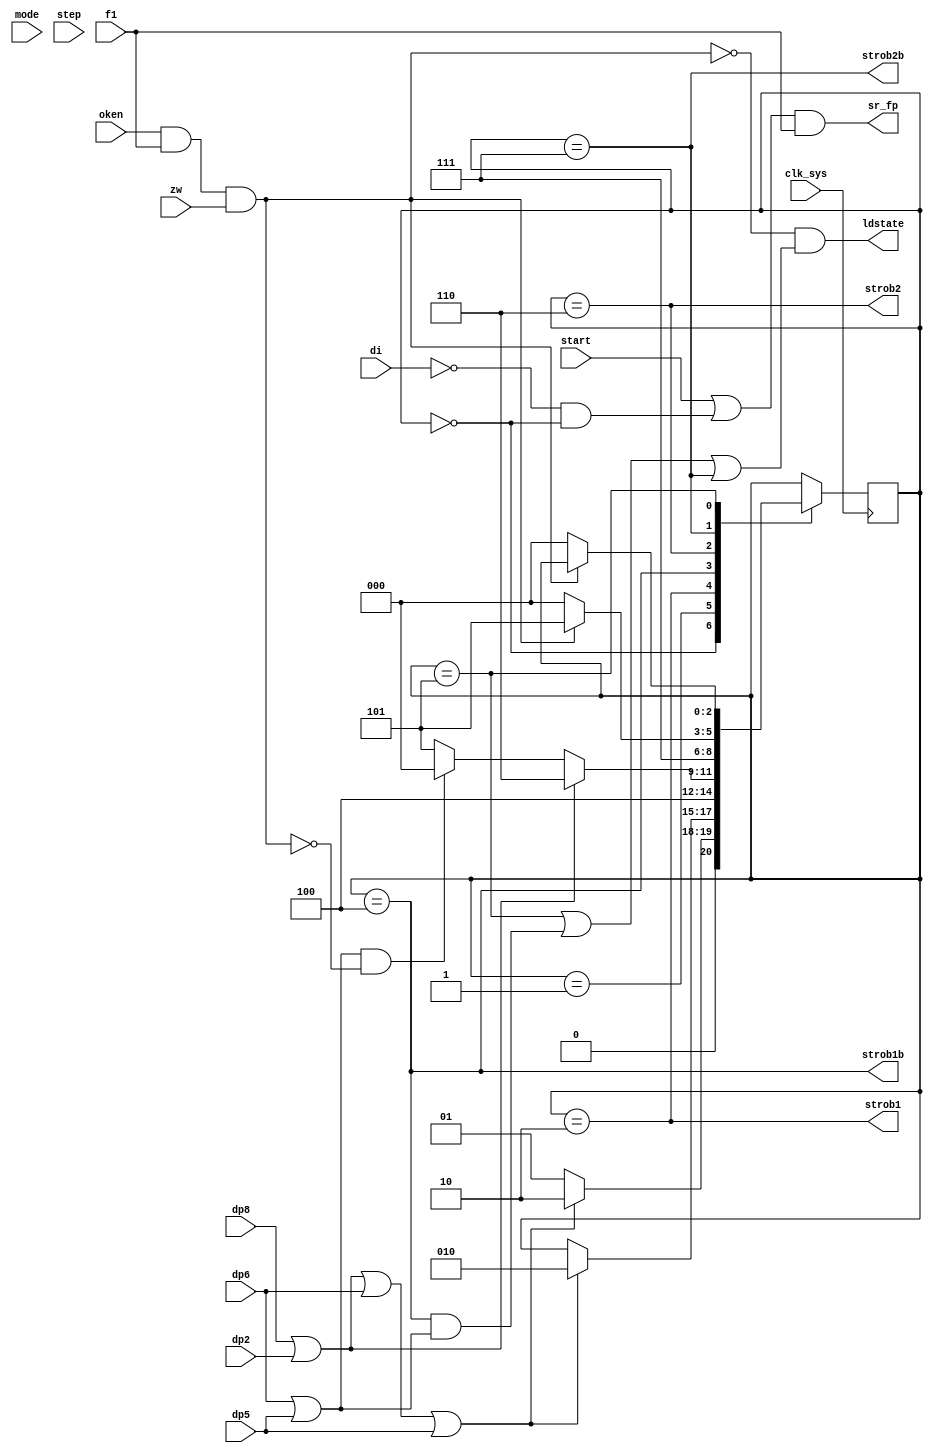
module fp_strobgen(
	input clk_sys,
	input start,
	input di,
	input dp8, dp2, dp6, dp5,
	input mode,
	input step,
	input oken,
	input f1,
	input zw,
	output ldstate,
	output strob1,
	output strob1b,
	output strob2,
	output strob2b,
	output sr_fp
);
	localparam S_GOT	= 3'd0;
	localparam S_GOTW	= 3'd1;
	localparam S_ST1	= 3'd2;
	localparam S_ST1W = 3'd3;
	localparam S_ST1B	= 3'd4;
	localparam S_PGOT = 3'd5;
	localparam S_ST2	= 3'd6;
	localparam S_ST2B	= 3'd7;
	wire if_busy = oken & f1 & zw;
	wire es1 = dp8 | dp2 | dp6 | dp5;
	wire has_strob2 = dp8 | dp2;
	wire no_strob2 = dp6 | dp5;
	wire __got = state == S_GOT;
	assign strob1 = state == S_ST1;
	assign strob1b = state == S_ST1B;
	assign strob2 = state == S_ST2;
	assign strob2b = state == S_ST2B;
	assign ldstate = ~if_busy & ((state == S_PGOT) | ((state == S_ST1B) & no_strob2) | (state == S_ST2B));
	reg [0:2] state;
	always @ (posedge clk_sys) begin
		case (state)
			S_GOT:
				if (es1) state <= S_ST1;
				else state <= S_GOTW;
			S_GOTW:
				if (es1) state <= S_ST1;
			S_ST1:
				state <= S_ST1B;
			S_ST1B:
				if (has_strob2) state <= S_ST2;
				else if (no_strob2 & !if_busy) state <= S_GOT;
				else state <= S_PGOT;
			S_ST2:
				state <= S_ST2B;
			S_ST2B:
				if (!if_busy) state <= S_GOT;
				else state <= S_PGOT;
			S_PGOT:
				if (!if_busy) state <= S_GOT;
		endcase
	end
	wire got_fp = ~di & __got;
	wire sr = start | got_fp;
	assign sr_fp = sr & f1;
endmodule